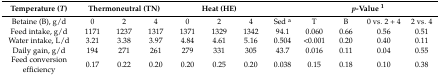
| Temperature (T) | <COLSPAN=3> Thermoneutral (TN) | <COLSPAN=3> Heat (HE) |  | <COLSPAN=4> p-Value 1 |
 | --- | --- | --- | --- | --- | --- | --- | --- | --- | --- | --- | --- |
 | Betaine (B), g/d | 0 | 2 | 4 | 0 | 2 | 4 | Sed a | T | B | 0 vs. 2 + 4 | 2 vs. 4 |
 | Feed intake, g/d | 1171 | 1237 | 1317 | 1371 | 1329 | 1342 | 94.1 | 0.060 | 0.66 | 0.56 | 0.51 |
 | Water intake, L/d | 3.21 | 3.38 | 3.97 | 4.84 | 4.61 | 5.16 | 0.504 | <0.001 | 0.20 | 0.40 | 0.11 |
 | Daily gain, g/d | 194 | 271 | 261 | 279 | 331 | 305 | 43.7 | 0.016 | 0.11 | 0.04 | 0.55 |
 | Feed conversion efficiency | 0.17 | 0.22 | 0.20 | 0.20 | 0.25 | 0.20 | 0.038 | 0.15 | 0.18 | 0.10 | 0.38 |